[Report on the health of British troops in the Madras command]
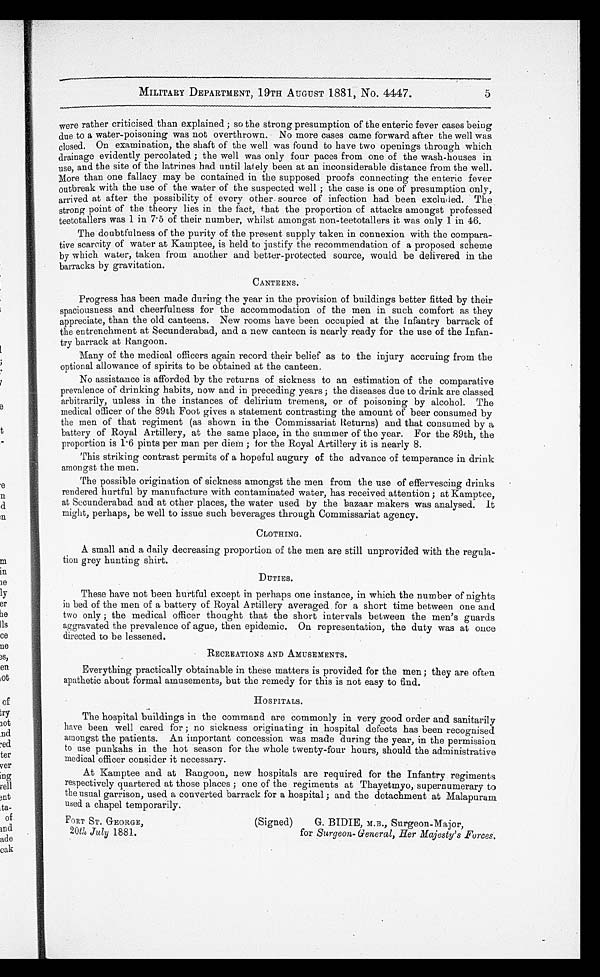
MILITARY DEPARTMENT, 19TH AUGUST 1881, No. 4447.
were rather criticised than explained ; so the strong presumption of the enteric fever cases being
due to a water-poisoning was not overthrown. No more cases came forward after the well was
closed. On examination, the shaft of the well was found to have two openings through which
drainage evidently percolated ; the well was only four paces from one of the wash-houses in
use, and the site of the latrines had until lately been at an inconsiderable distance from the well.
More than one fallacy may be contained in the supposed proofs connecting the enteric fever
outbreak with the use of the water of the suspected well ; the case is one of presumption only,
arrived at after the possibility of every other source of infection had been excluded. The
strong point of the theory lies in the fact, that the proportion of attacks amongst professed
teetotallers was 1 in 7.5 of their number, whilst amongst non-teetotallers it was only 1 in 46.
The doubtfulness of the purity of the present supply taken in connexion with the compara
-tive scarcity of water at Kamptee, is held to justify the recommendation of a proposed scheme
by which water, taken from another and better-protected source, would be delivered in the
barracks by gravitation.
CANTEENS.
Progress has been made during the year in the provision of buildings better fitted by their
spaciousness and cheerfulness for the accommodation of the men in such comfort as they
appreciate, than the old canteens. New rooms have been occupied at the Infantry barrack of
the entrenchment at Secunderabad, and a new canteen is nearly ready for the use of the Infan-
try barrack at Rangoon.
. Many of the medical officers again record their belief as to the injury accruing from the
optional allowance of spirits to be obtained at the canteen.
No assistance is afforded by the returns of sickness to an estimation of the comparative
prevalence of drinking habits, now and in preceding years ; the diseases due to drink are classed
arbitrarily, unless in the instances of delirium tremens, or of poisoning by alcohol. The
medical officer of the 89th Foot gives a statement contrasting the amount of beer consumed by
the men of that regiment (as shown in the Commissariat Returns) and that consumed by a
battery of Royal Artillery, at the same place, in the summer of the year. For the 89th, the
proportion is 1.6 pints per man per diem ; for the Royal Artillery it is nearly 8.
This striking contrast permits of a hopeful augury of the advance of temperance in drink
amongst the men.
The possible origination of sickness amongst the men from the use of effervescing drinks
rendered hurtful by manufacture with contaminated water, has received attention ; at Kamptee,
at Secunderabad and at other places, the water used by the bazaar makers was analysed. It
might, perhaps, be well to issue such beverages through Commissariat agency.
CLOTHING..
A small and a daily decreasing proportion of the men are still unprovided with the regula
-tion grey hunting shirt.
DUTIES.
These have not been hurtful except in perhaps one instance, in which the number of nights
in bed of the men of a battery of Royal Artillery averaged for a short time between one and
two only ; the medical officer thought that the short intervals between the men's guards
aggravated the prevalence of ague, then epidemic. On representation, the duty was at once
directed to be lessened.
RECREATIONS AND AMUSEMENTS.
Everything practically obtainable in these matters is provided for the men ; they are often
apathetic about formal amusements, but the remedy for this is not easy to find.
HOSPITALS.
The hospital buildings in the command are commonly in very good order and sanitarily
have been well cared for ; no sickness originating in hospital defects has been recognised
amongst the patients. An important concession was made during the year, in the permission
to use punkahs in the hot season for the whole twenty-four hours, should the administrative
medical officer consider it necessary.
At Kamptee and at Rangoon, new hospitals are required for the Infantry regiments
respectively quartered at those places ; one of the regiments at Thayetmyo, supernumerary to
the usual garrison, used a converted barrack for a hospital ; and the detachment at Malapuram
used a chapel temporarily.
FORT ST. GEORGE,
(Signed)
G. BIDIE, M.B., Surgeon-Major,
20th July 1881.
for Surgeon- General, Her Majesty's Forces.
5